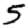
Digit: 5